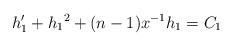
LaTeX: \begin{align*}h_1' +{h_1}^2+(n-1)x^{-1}h_1= C_1\end{align*}